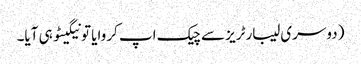
(دوسری لیبارٹریز سے چیک اپ کروایا تو نیگیٹو ہی آیا۔